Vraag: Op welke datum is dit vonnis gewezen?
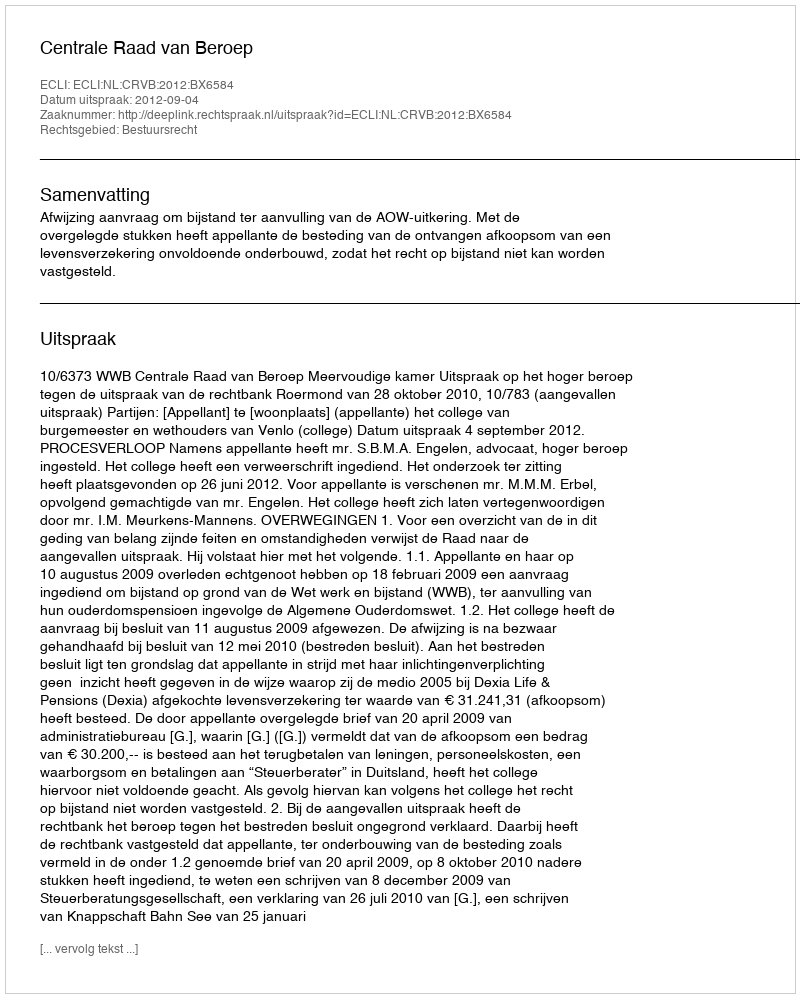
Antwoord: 2012-09-04